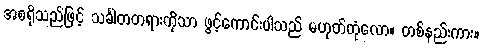
အစရှိသည်ဖြင့် သင်္ခါတတရားကိုသာ ဖွင့်ကောင်းပါသည် မဟုတ်တုံလော။ တစ်နည်းကား။